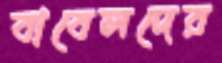
বাবেলদের